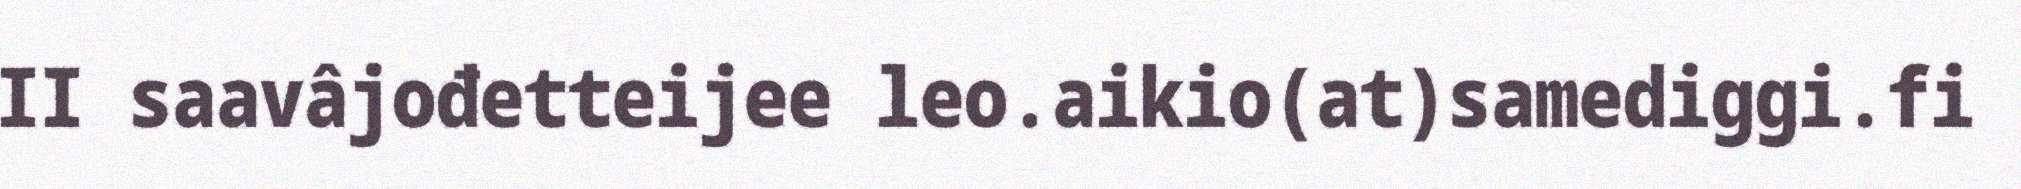
II saavâjođetteijee leo.aikio(at)samediggi.fi